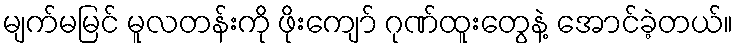
မျက်မမြင် မူလတန်းကို ဖိုးကျော် ဂုဏ်ထူးတွေနဲ့ အောင်ခဲ့တယ်။